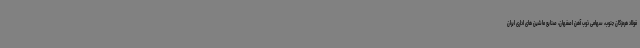
فولاد هرمزگان جنوب، سهامی ذوب آهن اصفهان، صنایع ماشین های اداری ایران